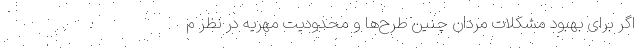
اگر برای بهبود مشکلات مردان چنین طرح‌ها و محدودیت‌ مهریه در نظر م